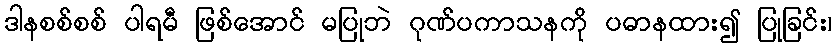
ဒါနစစ်စစ် ပါရမီ ဖြစ်အောင် မပြုဘဲ ဂုဏ်ပကာသနကို ပဓာနထား၍ ပြုခြင်း၊